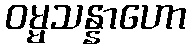
ဝမ္မသန္နာဟော